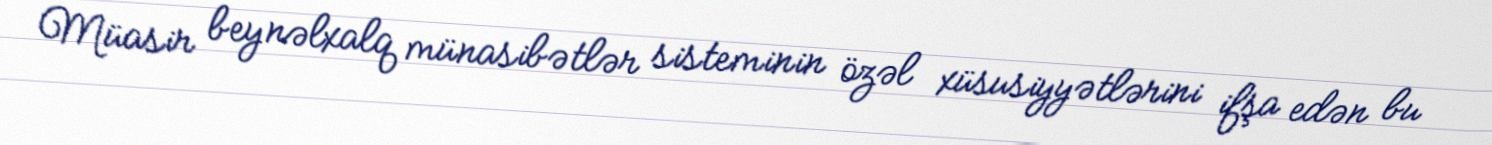
Müasir beynəlxalq münasibətlər sisteminin özəl xüsusiyyətlərini ifşa edən bu